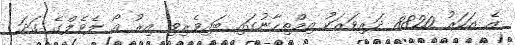
އެ އަހަރު 8820 ދަރިވަރަކު އިމްތިހާނުގައި ބައިވެރިވި އިރު އޯ ލެވެލްގެ ގަދަ